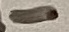
Text: -